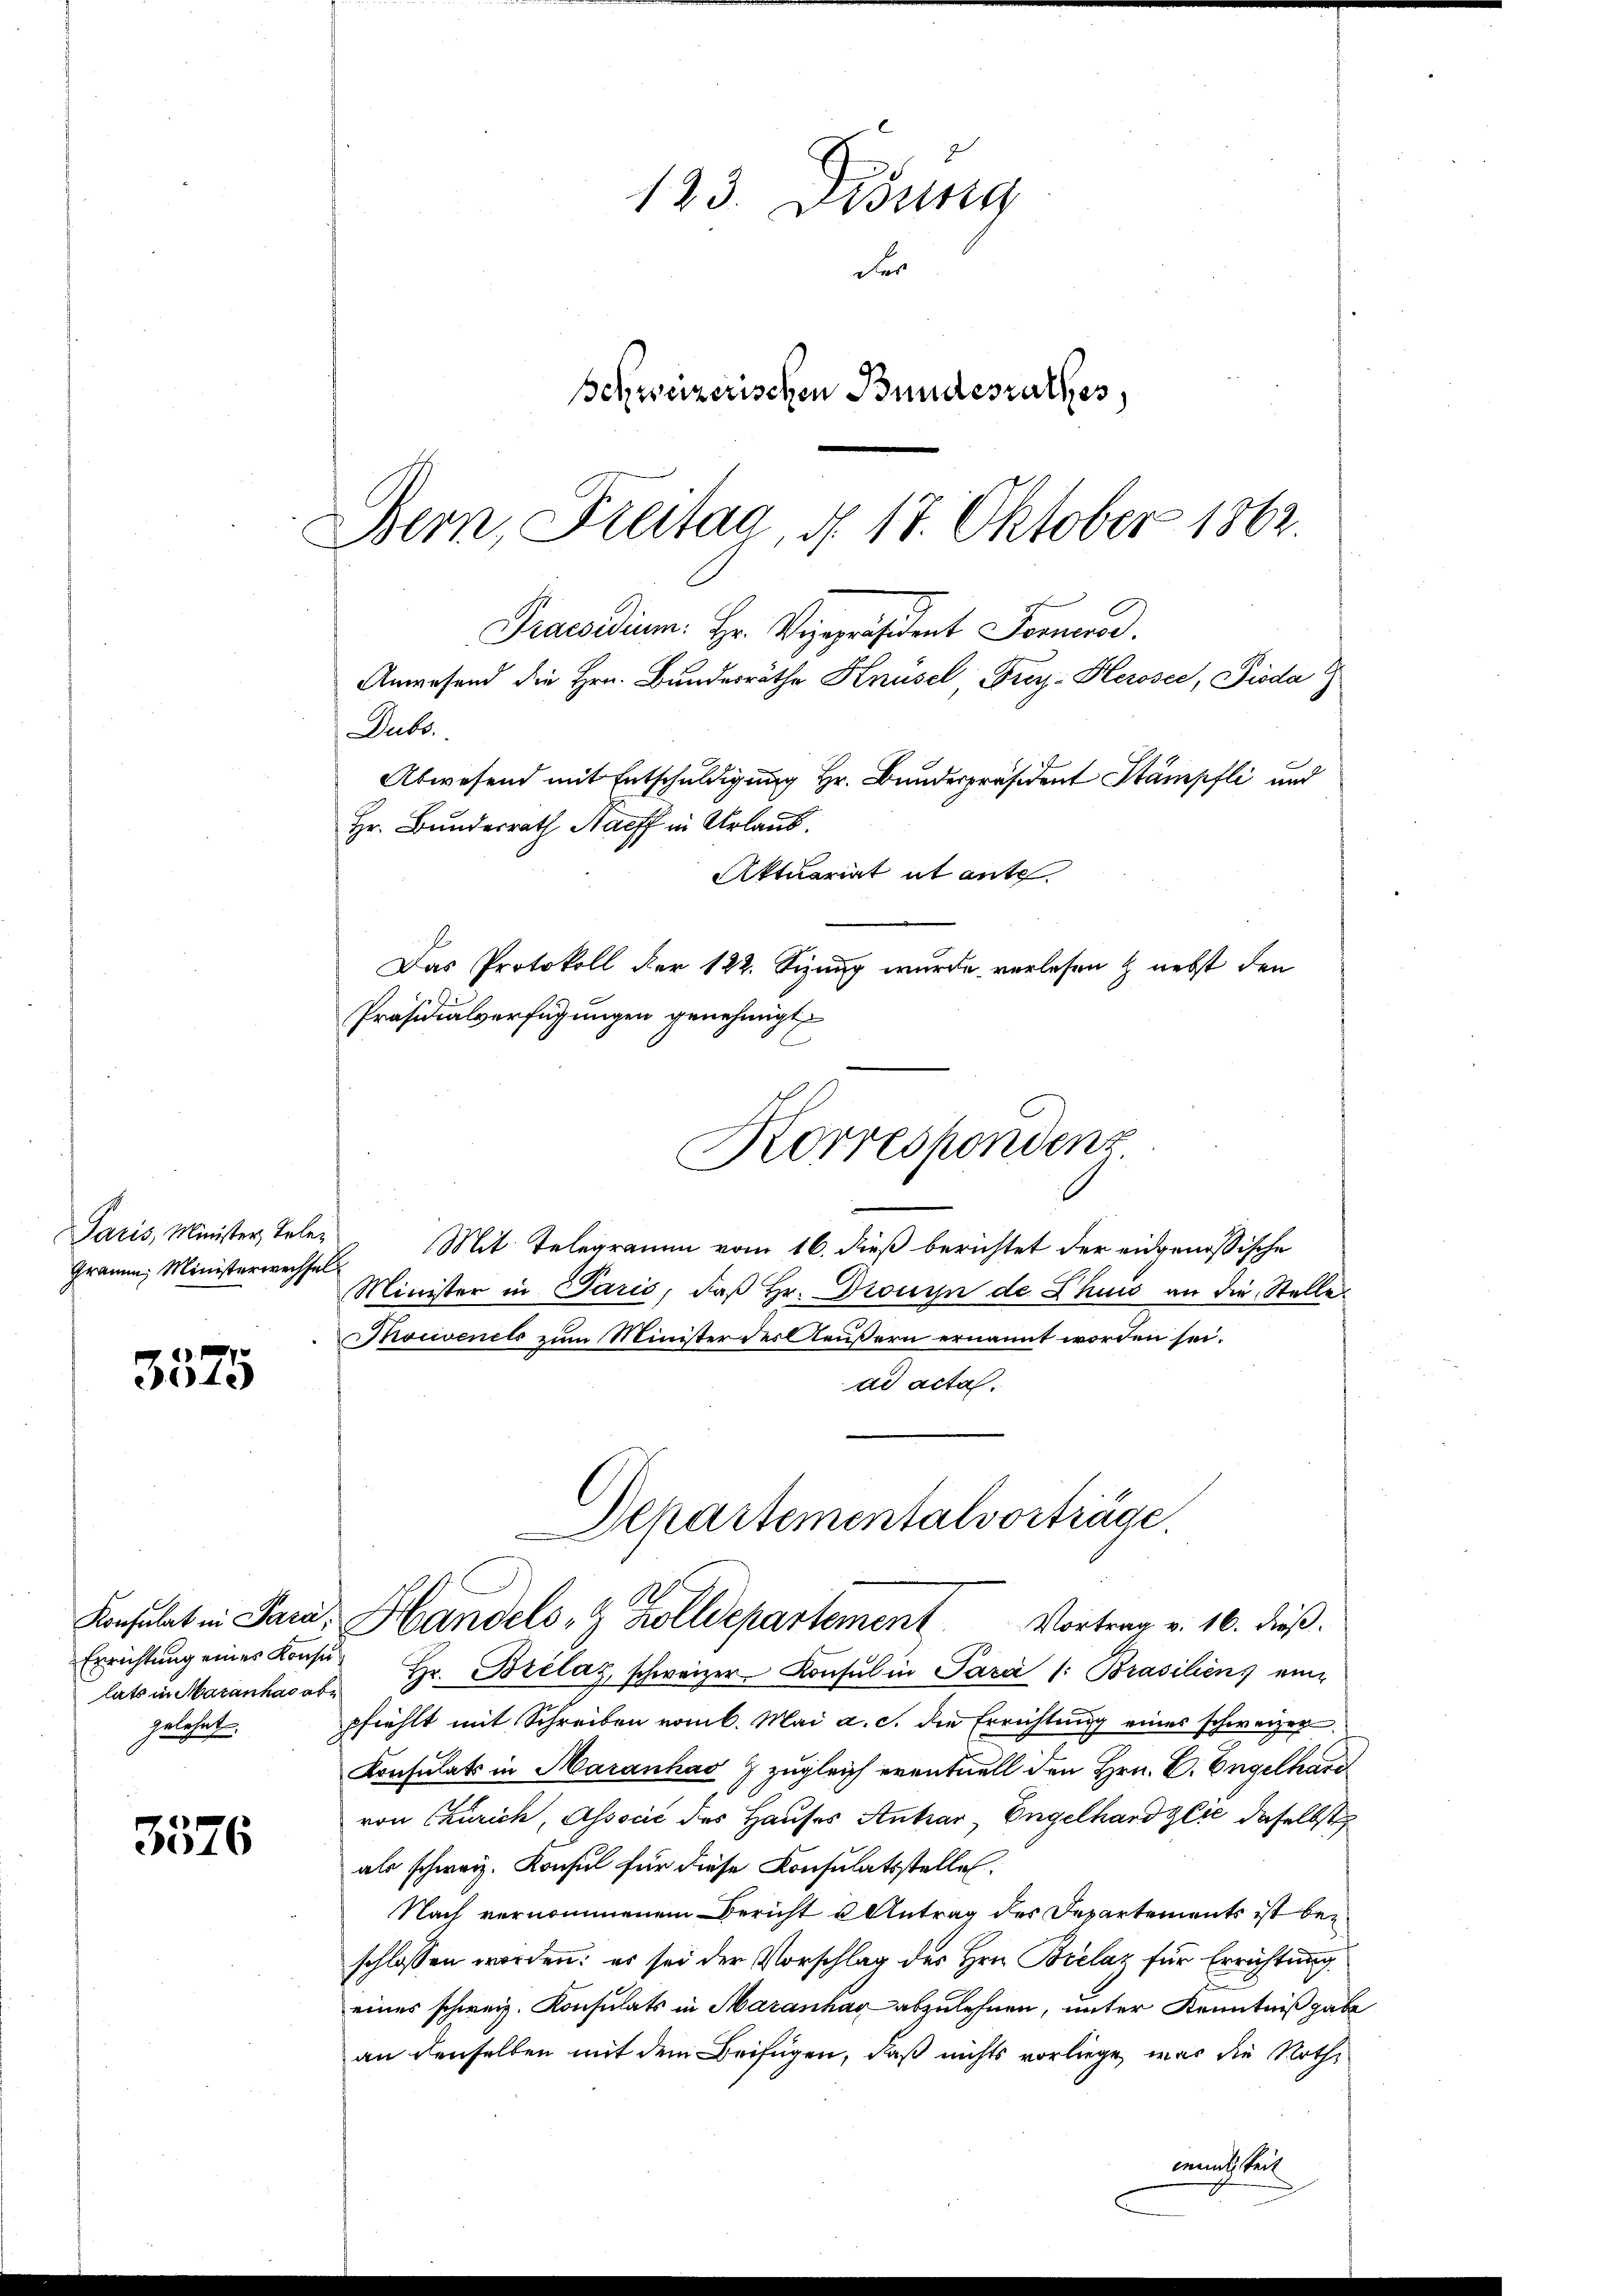
Paris, Minister, Tele¬
Gramm, Ministerwechsel

3575

lats in Maranhas abe
gelehnt.

3576

Praesidium. Hr. Vizepräsident Former.

Dubs.
Präsidialverfügungen genehmigt.
Mit Telegramm vom 16. dieß berichtet der eidgenößische
Minister in Paris, daß Hr. Drouyn de Chuis an die Stelle.
Monvenets zum Minister des Aeußern ernannt worden sei.
ad acta.
Departementalvorträge.
Konsulat in Para, Handels- & Zolldepartement
Vortrag v. 16. dieß.
Errichtung eines Konsŭ Hr. Brilaz, schweizer. Konsul in Para /: Brasiliens eine
pfiehlt mit Schreiben vom 6. Mai a. c. die Errichtung eines schweizer
Konsulats in Maranhao 7 zugleich eventuell den Hrn. C. Engelhard
von Churich, Associć des Hauses Antrar, Engelhardzese daselbst
als schweiz. Konsul für diese Konsulatsstelle.
Nach vernommenem Bericht u Antrag des Departements ist beschlossen worden: es sei der Vorschlag des Hrn. Bielaz für Errichtung
eines schweiz. Konsulats in Maranhar abzulehnen, unter Kenntniß gabe
an denselben mit dem Beifügen, daß nichts vorliege, was die Nothmanch teil

123. Disung
Fr
schweizerischen Bundesrathes
Bern, Freitag, d. 17. Oktober 1862.

Anwesend die Hrn. Bundesräthe Knüsel Frey- Herosee, Pioda
Abwesend mit Entschuldigung Hr. Bundespräsident Stämpfli und
Hr. Bundesrath Harff in Urlaub.
Aktuariat it ante.

Das Protokoll der 122. Sizung wurde verlesen & nebst den
s
Korrespondenz